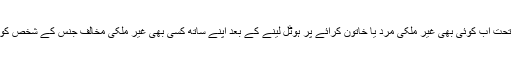
نئے قانون کے تحت اب کوئی بھی غیر ملکی مرد یا خاتون کرائے پر ہوٹل لینے کے بعد اپنے ساتھ کسی بھی غیر ملکی مخالف جنس کے شخص کو رکھ سکتا ہے۔